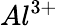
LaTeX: Al^{3+}